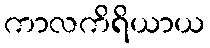
ကာလကိရိယာယ